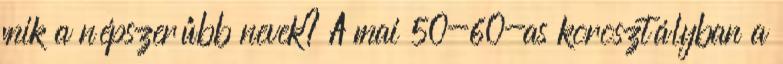
mik a népszerűbb nevek? A mai 50-60-as korosztályban a